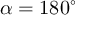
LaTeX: \alpha = 1 8 0 ^ { \circ }